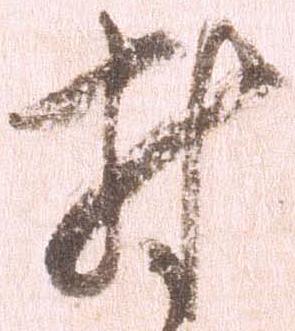
対